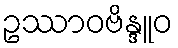
ဥဿာဝဗိန္ဒူဝ